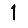
Digit: 1